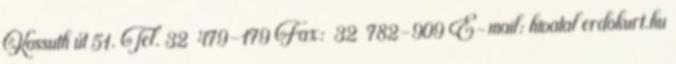
Kossuth út 51. Tel. 32 479-179 Fax: 32 782-909 E-mail: hivatal erdokurt.hu